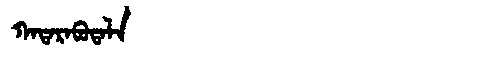
Manchu: ᡴᠠᡨᠠᡵᠠᠪᡠᡨᠠᠯᠠ
Romanization: KATARABUTALA